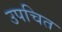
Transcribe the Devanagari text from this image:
उपचित